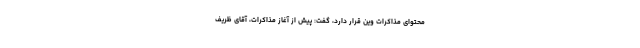
محتوای مذاکرات وین قرار دارد، گفت: پیش از آغاز مذاکرات، آقای ظریف